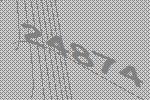
24874